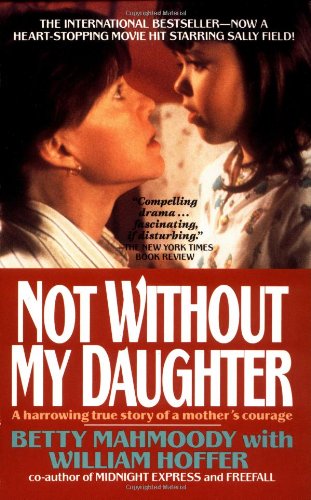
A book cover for Not Without My Daughter; Betty Mahmoody; Politics & Social Sciences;